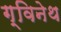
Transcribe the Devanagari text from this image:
ग्विनेथ